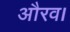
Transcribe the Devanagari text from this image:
औरव।